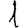
Digit: 1